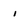
Character: i